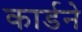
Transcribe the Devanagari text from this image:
कार्डने